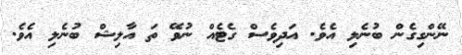
ނޭންގިގެން ބުނެލި އެވެ. އަދިވެސް ގެޓެއް ނުވޭ ތަ އާލިޝް ބުނެލި އެވެ.